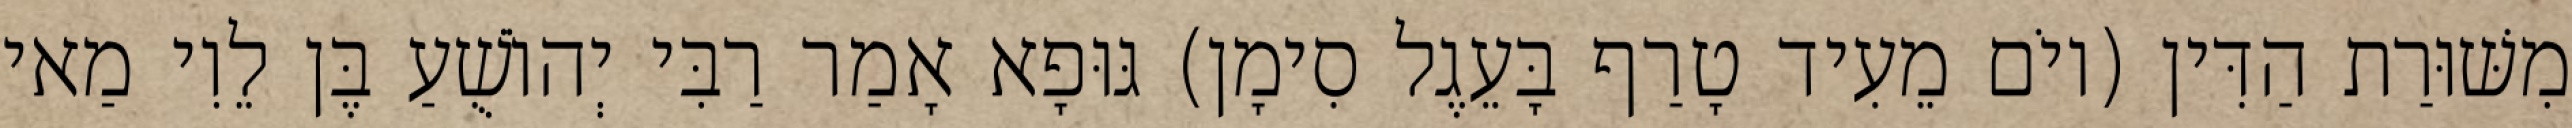
מִשּׁוּרַת הַדִּין (יוֹם מֵעִיד טָרַף בָּעֵגֶל סִימָן) גּוּפָא אָמַר רַבִּי יְהוֹשֻׁעַ בֶּן לֵוִי מַאי